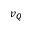
v _ { Q }